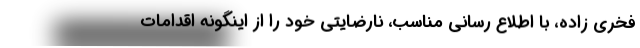
فخری زاده، با اطلاع رسانی مناسب، نارضایتی خود را از اینگونه اقدامات